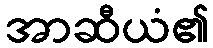
အာဆီယံ၏